Code of medical and sanitary regulations for the guidance of medical officers serving in the Madras Presidency - Volume I
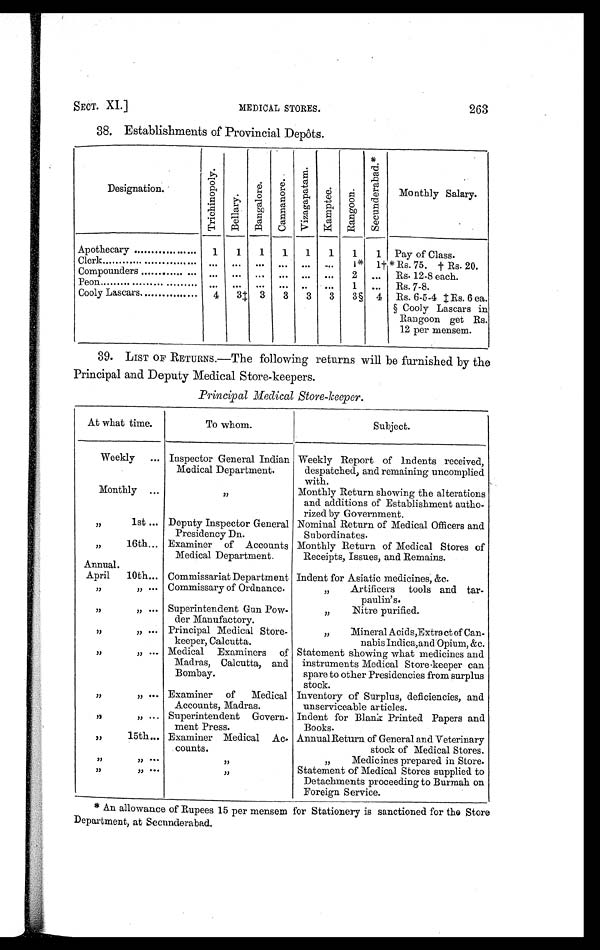
SECT. XI.] MEDICAL STORES. 263
38. Establishments of Provincial Depôts.
Designation.
T r i c h i n o p o l y .
B e l l a r y .
B a n g a l o r e .
C a n n a n o r e .
V i z a g a p a t a m .
K a m p t e e .
R a n g o o n .
S e c u n d e r a b a d . *
Monthly Salary.
Apothecary ...........
1 1 1 1 1 1 1 1 Pay of Class.
Clerk...................
. . . ... . . .
. . .
. . .
. . . l* 1† *Rs. 75. † Rs. 20.
Compounders .........
. . . ... . . .
. . .
. . .
. . . 2 ... Rs. 12-8 each.
Peon ..............
. . . ... . . .
. . .
. . .
. . . 1 ... Rs. 7-8.
Cooly Lascars.........
4 3‡ 3 3 3 3 3§ 4 Rs. 6-5-4 ‡ Rs. 6 ea.
§ Cooly Lascars in
Rangoon get Rs.
12 per mensem.
39. LIST OF RETURNS.—The following returns will be furnished by the
Principal and Deputy Medical Store-keepers.
Principal Medical Store-keeper.
At what time.
To whom.
Subject.
Weekly ... Inspector General Indian
Medical Department.
Weekly Report of Indents received,
despatched, and remaining uncomplied
with.
Monthly ...
„
Monthly Return showing the alterations
and additions of Establishment autho-
rized by Government.
„
1st ... Deputy Inspector General
Presidency Dn.
Nominal Return of Medical Officers and
Subordinates.
„
16th... Examiner of Accounts
Medical Department.
Monthly Return of Medical Stores of
Receipts, Issues, and Remains.
Annual.
April 10th... Commissariat Department Indent for Asiatic medicines, &c.
„ „ ... Commissary of Ordnance
„ Artificers tools and tar-
paulin's.
„
„ ... Superintendent Gun Pow-
der Manufactory.
„ Nitre purified.
„ „ ... Principal Medical Store-
keeper, Calcutta.
„ Mineral Acids,Extract of Can-
nabis Indica,and Opium, &c.
„ „ ... Medical Examiners of
Madras, Calcutta, and
Bombay.
Statement showing what medicines and
instruments Medical Store .keeper can
spare to other Presidencies from surplus
stock.
„ „ ... Examiner of Medical
Accounts, Madras.
Inventory of Surplus, deficiencies, and
unserviceable articles.
„ „ ... Superintendent Govern-
meat Press.
Indent for Blank Printed Papers and
Books.
„
15th... Examiner Medical Ac-
counts.
Annual Return of General and Veterinary
stock of Medical Stores.
„ „ ...
„
„ Medicines prepared in Store.
„ „ ...
„
Statement of Medical Stores supplied to
Detachments proceeding to Burmah on
Foreign Service.
* An allowance of Rupees 15 per mensem for Stationery is sanctioned for the Store
Department, at Secunderabad.